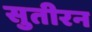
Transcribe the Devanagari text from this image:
सुतीरन